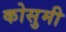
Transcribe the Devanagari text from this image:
कोसुमी